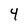
Character: 4